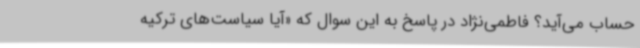
حساب می‌آید؟ فاطمی‌نژاد در پاسخ به این سوال که «آیا سیاست‌های ترکیه